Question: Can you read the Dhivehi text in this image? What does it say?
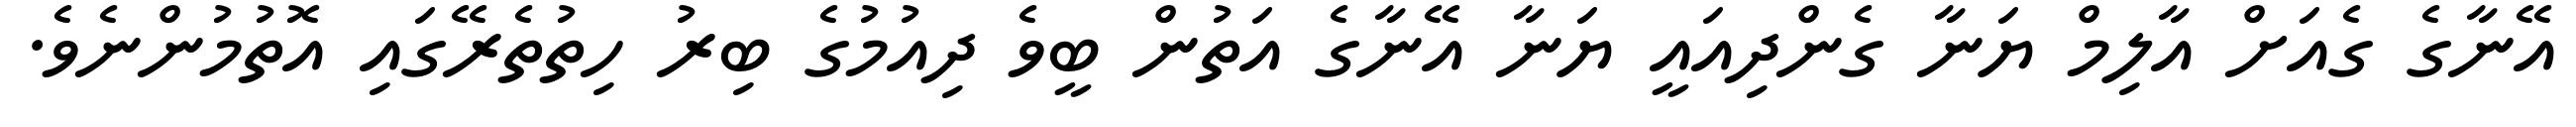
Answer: އޭނާގެ ގެއަށް އާލިމް ޔަނާ ގެންދިއައީ ޔަނާ އޭނާގެ އަތުން ބީވެ ދިއުމުގެ ބިރު ހިތުތެރޭގައި އޮތުމުންނެވެ.